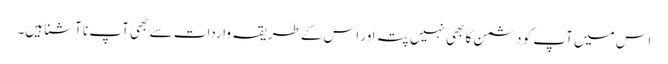
اس میں آپ کو دشمن کا بھی نہیں پتہ اور اس کے طریقہ واردات سے بھی آپ نا آشنا ہیں۔